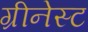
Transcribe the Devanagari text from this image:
ग्रीनेस्ट